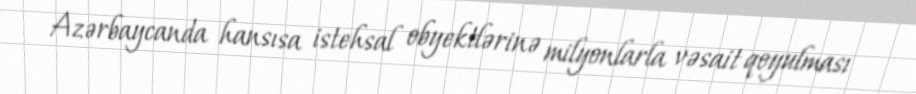
Azərbaycanda hansısa istehsal obyektlərinə milyonlarla vəsait qoyulması